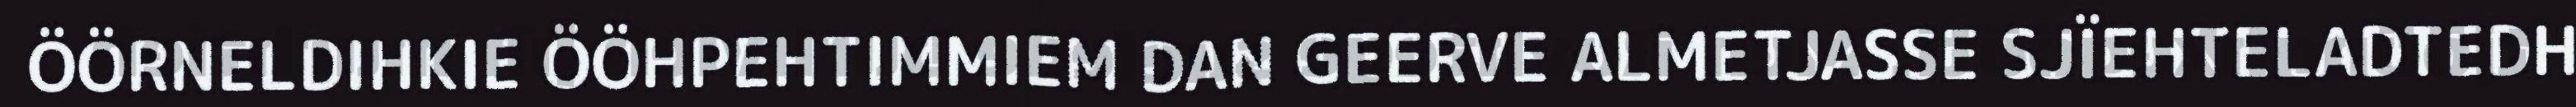
ÖÖRNELDIHKIE ÖÖHPEHTIMMIEM DAN GEERVE ALMETJASSE SJÏEHTELADTEDH